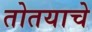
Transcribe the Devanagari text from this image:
तोतयाचे